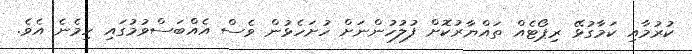
ކުރުމާއި ކަމާގުޅޭ ރިޕޯޓެއް ތައްޔާރުކޮށް ފުލުހުންނަށް ހުށަހެޅުން ވެސް އެއްބަސްވުމުގައި ހިމެނެ އެވެ.